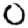
Digit: 0